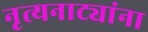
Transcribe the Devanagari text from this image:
नृत्यनाट्यांना